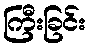
ကြီးခြင်း